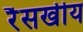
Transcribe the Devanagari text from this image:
रैसखीय